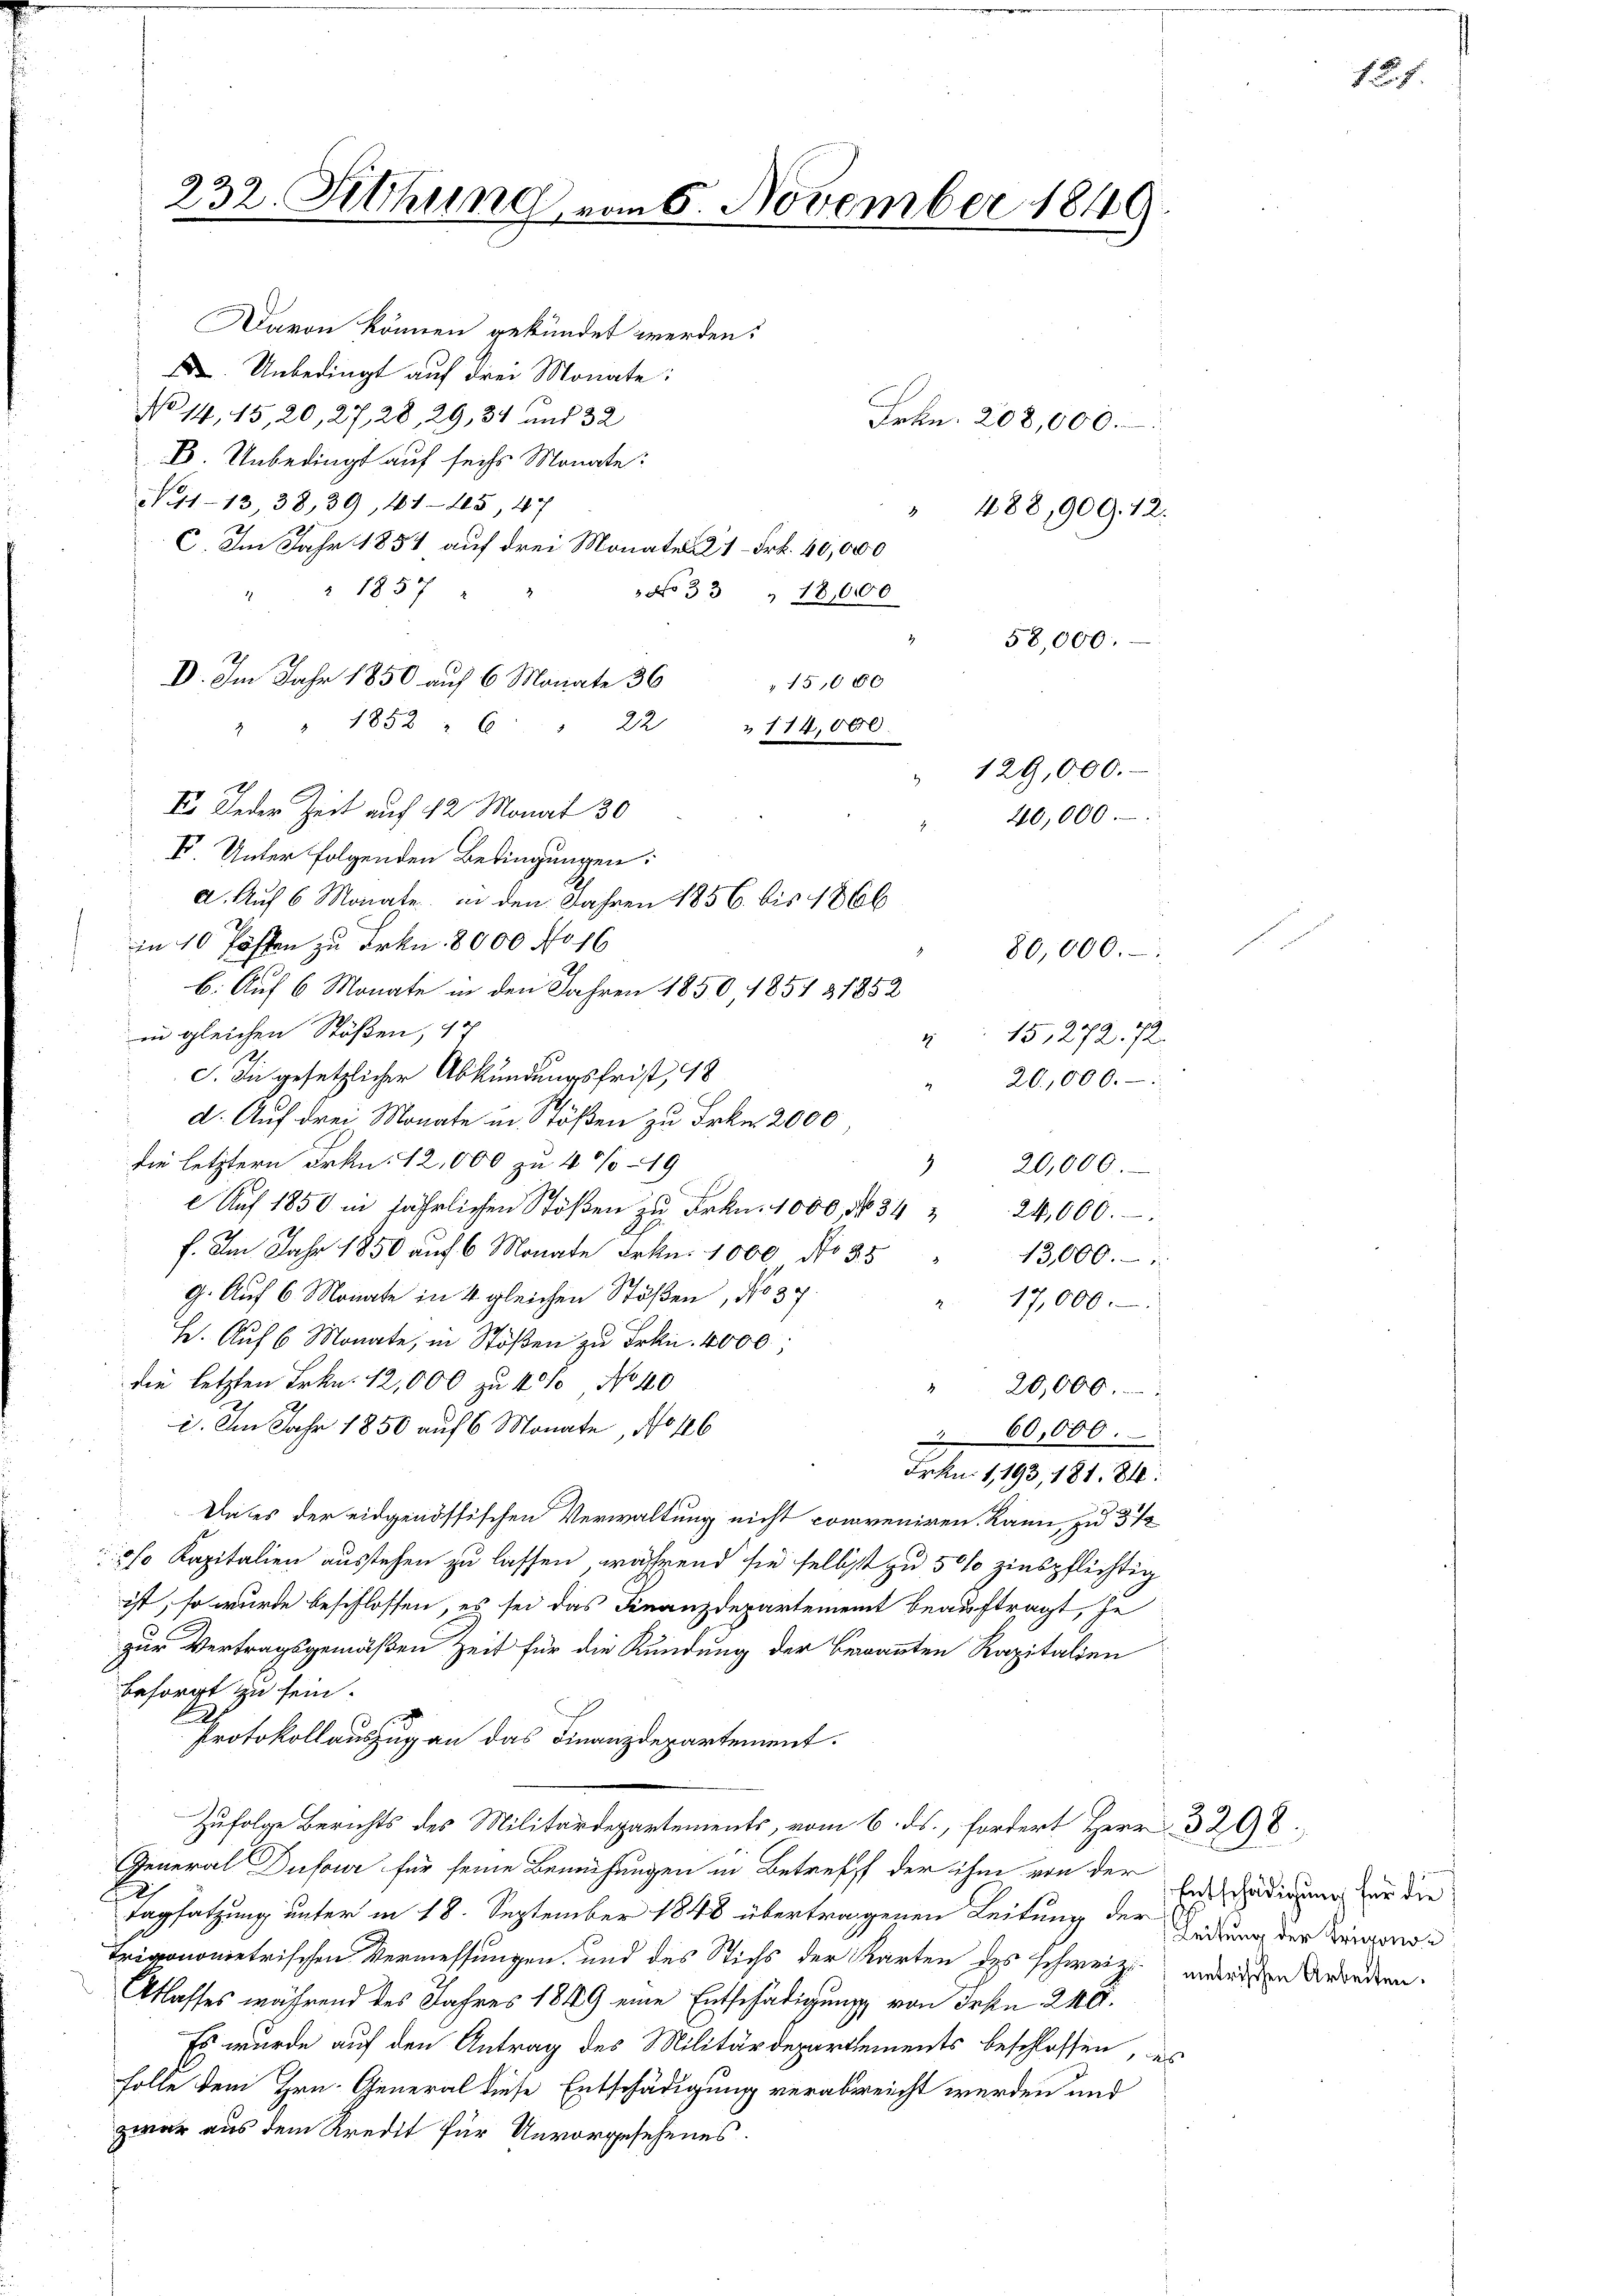
Davon können gekündet werden?
 Unbedingt auf drei Monate:
No 14, 15,20, 27, 28, 29, 34 und 32
E Unbedings auf sechs Monate:
N. 1113, 38, 39, 41-405, 47
C. Im Jahr 1854 auf drei Monates 21 Frk. 40,000
" 1857
3
3 No 33 " 18,000
15,000
 " 1852 " 6 " 22 " 114,000.
I. Unter folgenden Bedingungen:
d. Auf 6 Monate in den Jahren 1856 bis 1866
in 10 Posten zu Frkn. 8000 No 16
b. Auf 6 Monate in den Jahren 1850, 1851 § 1852
in gleichen Stößen, sch
4
C. In gesetzlicher Abkündungsfrist, 18
d. Auf drei Monate in Stößen zu Frkn. 2000
die letztern Frkn. 12,000 zu 4 1/19
i
Auf 1850 in jährlichen Stoβen zŭ Frkn. 1000, No 34 " 24,000.
f. Im Jahr 1850 auf 6 Monate Frkn. 1000 No 35
9. Auf 6 Monate in 4 gleichen Stößen, No 37
a. 17,000.
H. Aŭf 6 Monate, in Stößen zu Frkn. 4000
die letzten Frkn. 12,000 zu 4 % No 40
"20,000.
2. Im Jahr 1850 auf 6 Monate, No 186
60,000.
Frkn. 1,193, 181. 84.
Da es der eidgenössischen Verwaltung nicht conveniren kann, zu 3 1/2
0/0 Kapitalien ausstehen zu lassen, während sie selbst zu 50% zinspflichtig
ist, so wurde beschlossen, es sei das Finanzdepartement beauftragt, je
5
zur Vertragsgemäßen Zeit für die Kündung der benannten Kapitalien
besorgt zu sein.
.
Protokollauszug an das Finanzdepartement.
Zufolge Berichts des Militärdepartements, vom 6. ds., fordert Herr 3298.
General Dufour für seine Bemühungen in Betreff der ihm von der Entschädigung für die
Tagsatzung unter in 18. September 1848 übertragenen Leitung der Anderung der Bürgend
Trigonomietrischen Vermessungen, und des Stichs der Karten des schweiz.
Atlasses während des Jahres 1819 eine Entschädigung von Frkn. 248.
Es wurde auf den Antrag des Militärdepartements beschlossen, un
Folle dem Hrn. General diese Entschädigung verabreicht werden und
zwar aus dem Kredit für Unvorgesehenes

232. Sitzung vom 5. November 1849

D. Im Jahr 1850 auf 6 Monate 36
I. Jeder Zeit auf 12 Monat 30

Frkn. 208,000.
488,909. 12.

58,000.
129,000.
40,000.

80,000.
15,272. 72.
20,000.
 20,000.

13,000.

metrischen Arbeiten.

s

18. 7.